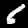
Label: 6